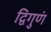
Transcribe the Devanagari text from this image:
द्विगुणं